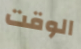
الوقت